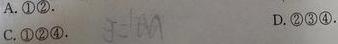
A. \textcircled{1}\textcircled{2}.
C. \textcircled{1}\textcircled{2}\textcircled{4}.
D. \textcircled{2}\textcircled{3}\textcircled{4}.